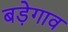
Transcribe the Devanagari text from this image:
बड़ेगाव